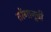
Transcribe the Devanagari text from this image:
तरेंगानूची